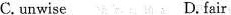
C.unwise D.fair